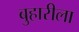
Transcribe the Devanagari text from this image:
बुहारीला